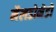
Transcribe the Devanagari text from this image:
मैलडोनेडो